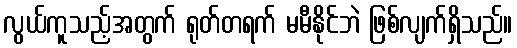
လွယ်ကူသည့်အတွက် ရုတ်တရက် မမီနိုင်ဘဲ ဖြစ်လျက်ရှိသည်။